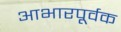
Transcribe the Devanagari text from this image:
आभारपूर्वक